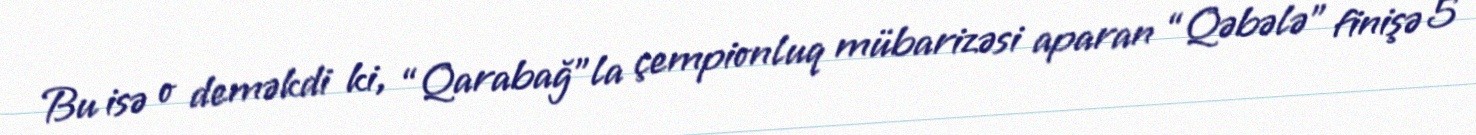
Bu isə o deməkdi ki, “Qarabağ”la çempionluq mübarizəsi aparan “Qəbələ” finişə 5